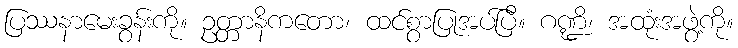
ပြဿနာမေးခွန်းကို။ ဥတ္တာနိကတော၊ ထင်စွာပြုအပ်ပြီ။ ဂဏ္ဍိ၊ အထုံးအဖွဲ့ကို။